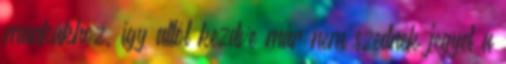
munkákhoz, így attól kezdve már nem szednek jegyet a